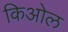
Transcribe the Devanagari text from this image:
किओल